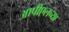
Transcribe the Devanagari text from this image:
आपीएलच्या